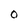
Character: O